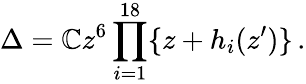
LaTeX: \Delta=\mathbb{C}z^{6}\prod_{i=1}^{18}\{ z+h_{i}(z^{\prime})\} \, .